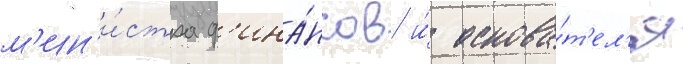
м'ин'и́стра ф'ина́нсов и́ основа́т'ел'я